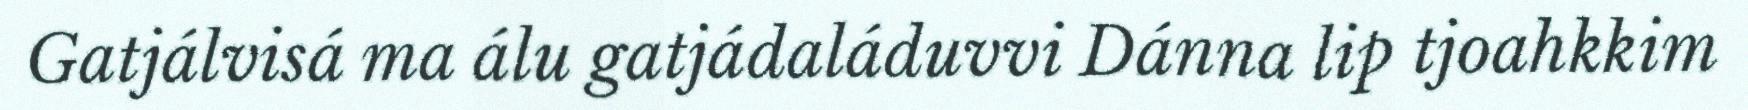
Gatjálvisá ma álu gatjádaláduvvi Dánna lip tjoahkkim